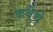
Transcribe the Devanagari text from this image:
कर्वेचे